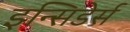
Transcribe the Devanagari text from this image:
इन्सिडेर्स